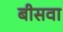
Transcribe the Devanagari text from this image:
बीसवा